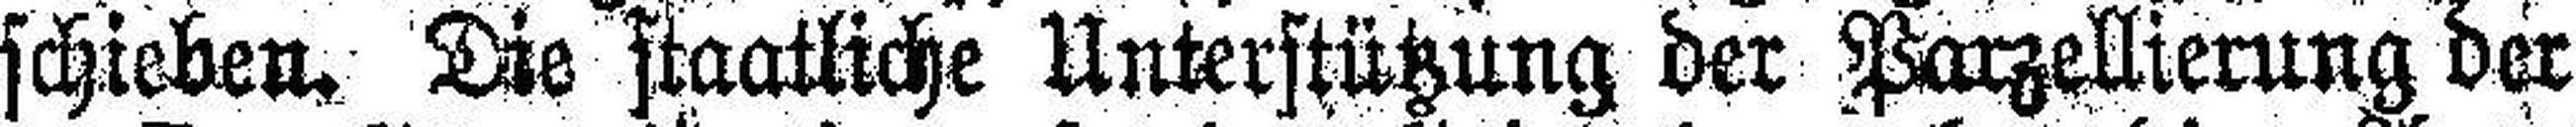
schieben. Die staatliche Unterstützung der Parzellierung der